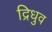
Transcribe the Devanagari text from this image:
द्रिधुव